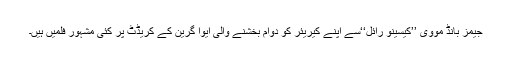
جیمز بانڈ مووی ’’کیسینو رائل‘‘سے اپنے کیریئر کو دوام بخشنے والی ایوا گرین کے کریڈٹ پر کئی مشہور فلمیں ہیں۔